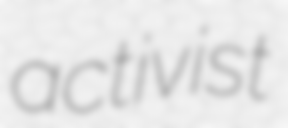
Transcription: activist